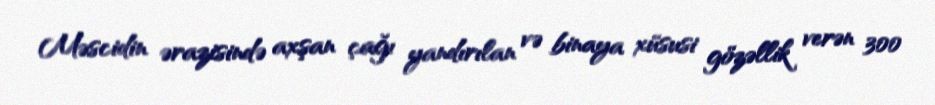
Məscidin ərazisində axşan çağı yandırılan və binaya xüsusi gözəllik verən 300